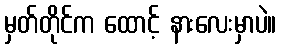
မှတ်တိုင်က ထောင့် နားလေးမှာပဲ။